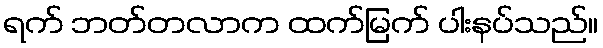
ရက် ဘတ်တလာက ထက်မြက် ပါးနပ်သည်။